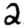
Digit: 2